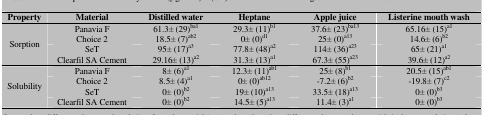
<table><thead><tr><td><b>Property</b></td><td><b>Material</b></td><td><b>Distilled water</b></td><td><b>Heptane</b></td><td><b>Apple juice</b></td><td><b>Listerine mouth wash</b></td></tr></thead><tbody><tr><td rowspan="4"> Sorption </td><td> Panavia F </td><td> 61.3± (29)<sup>ba1</sup></td><td> 29.3± (11)<sup>b1</sup></td><td> 37.6± (23)<sup>ba13</sup></td><td> 65.16± (15)<sup>a1</sup></td></tr><tr><td> Choice 2 </td><td> 18.5± (7)<sup>ab2</sup></td><td> 0± (0)<sup>d1</sup></td><td> 25± (0)<sup>a13</sup></td><td> 14.6± (6)<sup>b2</sup></td></tr><tr><td> SeT </td><td> 95± (17)<sup>a3</sup></td><td> 77.8± (48)<sup>a2</sup></td><td> 114± (36)<sup>a23</sup></td><td> 65± (21)<sup>a1</sup></td></tr><tr><td> Clearfil SA Cement </td><td> 29.16± (13)<sup>a2</sup></td><td> 31.3± (13)<sup>a1</sup></td><td> 67.3± (55)<sup>a23</sup></td><td> 39.6± (12)<sup>a2</sup></td></tr><tr><td rowspan="4"> Solubility </td><td> Panavia F </td><td> 8± (6)<sup>a1</sup></td><td> 12.3± (11)<sup>ab1</sup></td><td> 25± (8)<sup>b1</sup></td><td> 20.5± (15)<sup>ab1</sup></td></tr><tr><td> Choice 2 </td><td> 8.5± (4)<sup>a1</sup></td><td> 0± (0)<sup>ab12</sup></td><td> -7.2± (6)<sup>b2</sup></td><td> -19.8± (7)<sup>c2</sup></td></tr><tr><td> SeT </td><td> 0± (0)<sup>b2</sup></td><td> 19± (10)<sup>a13</sup></td><td> 33.5± (18)<sup>a13</sup></td><td> 0± (0)<sup>b3</sup></td></tr><tr><td> Clearfil SA Cement </td><td> 0± (0)<sup>b2</sup></td><td> 14.5± (5)<sup>a13</sup></td><td> 11.4± (3)<sup>a1</sup></td><td> 0± (0)<sup>b3</sup></td></tr></tbody></table>